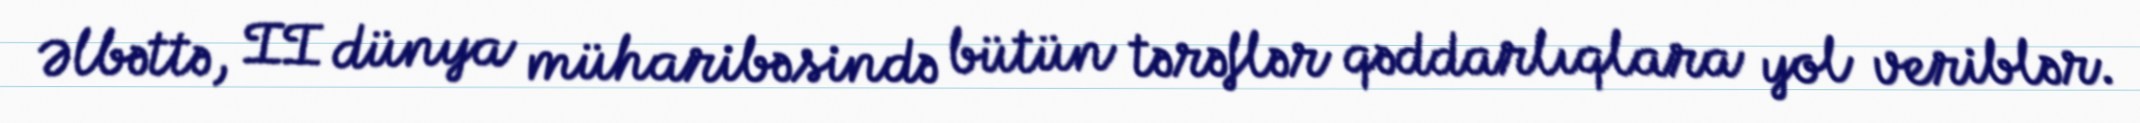
Əlbəttə, II dünya müharibəsində bütün tərəflər qəddarlıqlara yol veriblər.